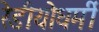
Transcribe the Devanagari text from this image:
रेडीयोधर्मी